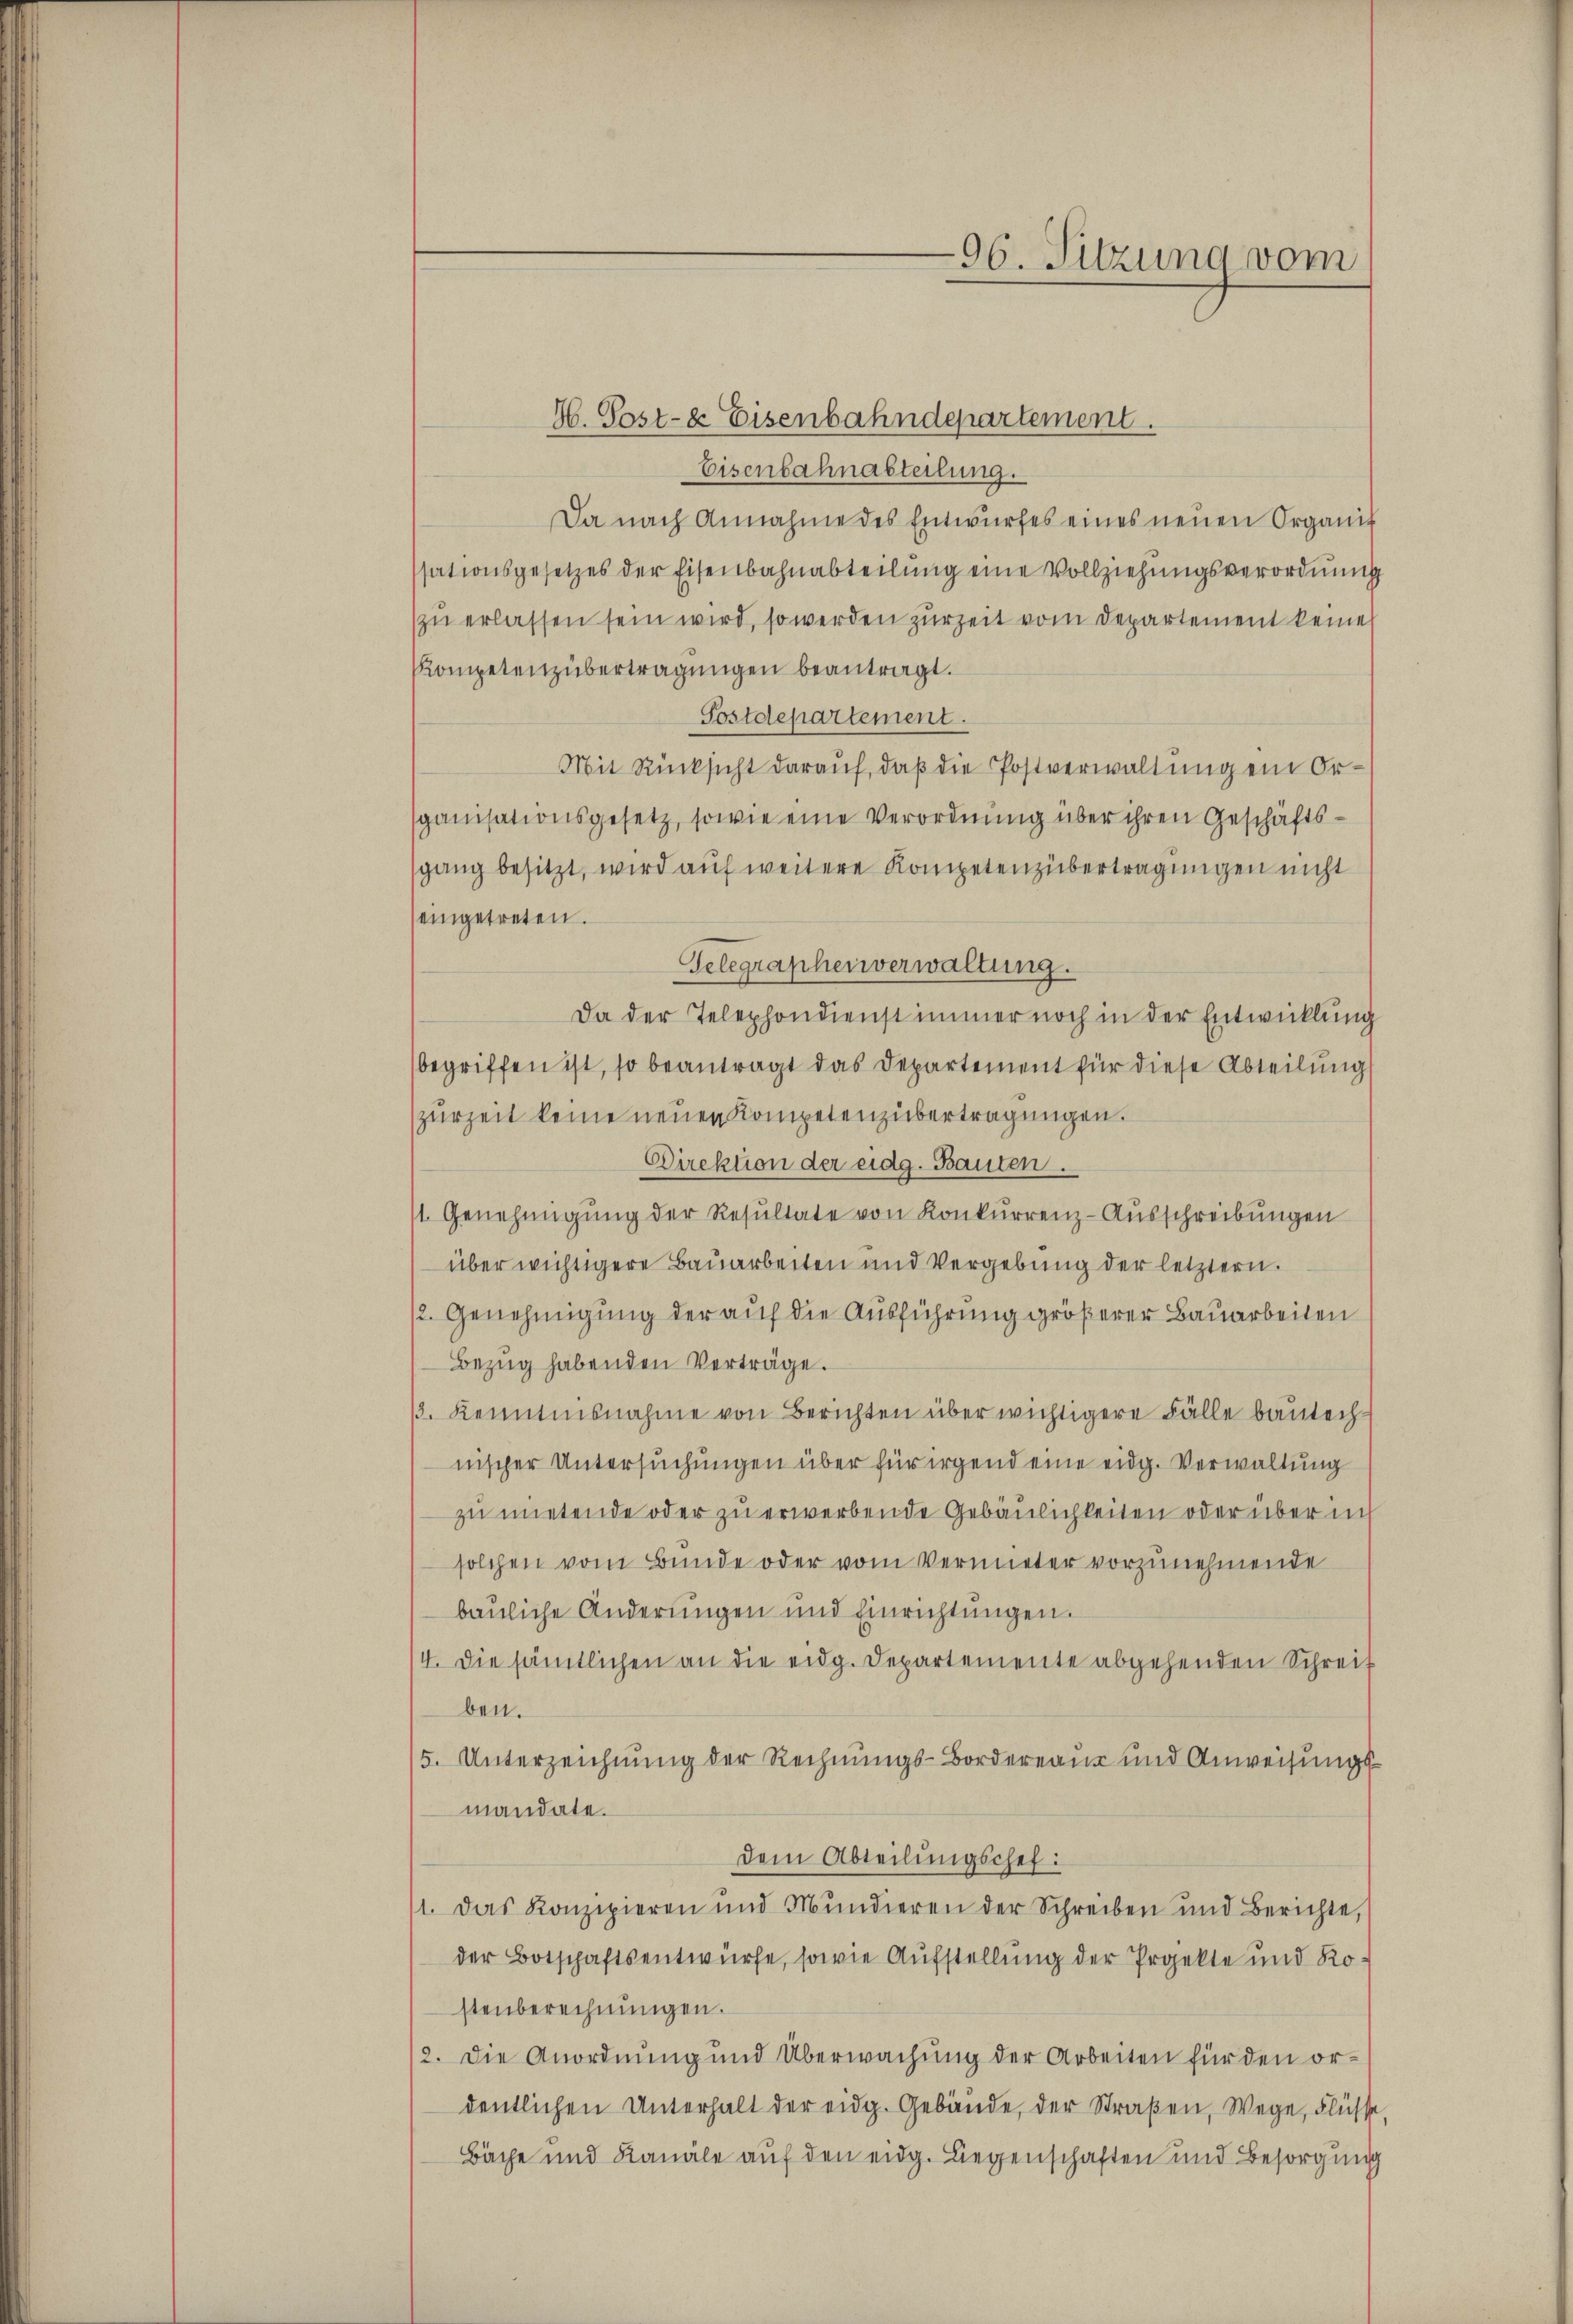
H. Post- & Eisenbahndepartement
Eisenbahnabteilung.
Da nach Annahme des Entwŭrfes eines neŭen Organis
ssationsgesetzes der Eisenbahnabteilŭng eine Vollziehungsverordnung
zu erlassen sein wird, so werden zur Zeit vom Departement keine
Kompetenzübertragungen beantragt.
Postdepartement.
Mit Rücksicht darauf, daß die Postverwaltung ein Orsganisationsgesetz, sowie eine Verordnung über ihren Geschäftssgang besitzt, wird auf weitere Kompetenzübertragungen nicht
eingetreten.
Gelegraphenverwaltung.
Da der Telephondienst immer noch in der Entwicklung
begriffen ist, so beantragt das Departement für diese Abteilung
zurZeit keine neuen Kompetenzübertragungen.
Direktion der eidg. Bauten.
1. Genehmigŭng der Resultate von Konkurrenz-Ausschreibungen
über wichtigere Bauarbeiten und Vergebung der letztern.
12. Genehmigung der auf die Ausführung größerer Bauarbeiten
Bezŭg habenden Verträge.
/. Kenntnisnahme von Berichten über wichtigere Fälle bautech
nischer Untersuchungen über für irgend eine eidg. Verwaltung
zu mietende oder zu erwerbende Gebäulichkeiten oder über in
solchen vom Bunde oder vom Vermieter vorzunehmende
bauliche Änderungen und Einrichtŭngen.
4. Die sämtlichen an die eidg. Departemente abgehenden Schreiben.
5. Unterzeichnung der Rechnungs-Bordereaus und Anweisungsmandate.
dem Abteilungschef:
1. Das Konzipieren und Mundieren der Schreiben und Berichte,
der Botschaftsentwürfe, sowie Aufstellung der Projekte und Ko
stenberechnungen.
12. Die Anordnung und Überwachung der Arbeiten für den ordentlichen Unterhalt der eidg. Gebäude, der Straßen, Wege, Flüsse
Bäche und Kanäle auf den eidg. Liegenschaften und Besorgung

96. Sitzung vom